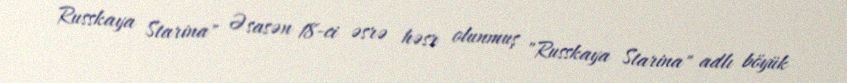
Russkaya Starina" Əsasən 18-ci əsrə həsr olunmuş "Russkaya Starina" adlı böyük